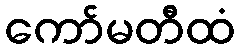
ကော်မတီထံ